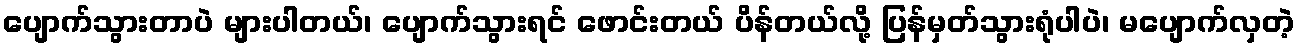
ပျောက်သွားတာပဲ များပါတယ်၊ ပျောက်သွားရင် ဖောင်းတယ် ပိန်တယ်လို့ ပြန်မှတ်သွားရုံပါပဲ၊ မပျောက်လှတဲ့